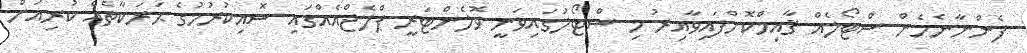
ފެންނާނެހެން ސްޓޯލެއް ޤާއިމްކޮށްފައިވާއިރު މި ސްޓޯލުގައިވަނީ ވޮލެންޓަރީ ޕްލެޖްއެއްގައި ސޮއިކުރުމުގެ ޙަރަކާތެއް ކުރިއަށް